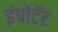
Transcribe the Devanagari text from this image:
इंपोर्टेंट